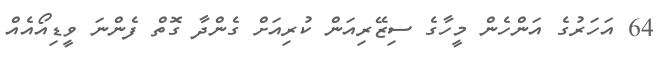
64 އަހަރުގެ އަންހެން މީހާގެ ސިޒޭރިއަން ކުރިއަށް ގެންދާ ގޮތް ފެންނަ ވީޑިއޯއެއް